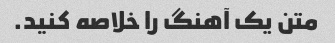
متن یک آهنگ را خلاصه کنید.